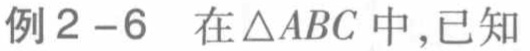
例2 - 6 在\(\triangle ABC\)中,已知